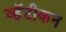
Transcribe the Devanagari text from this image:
व्हॅटीकन